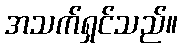
အသက်ရှင်သည်။